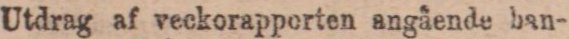
Utdrag af veckorapporten angående ban-